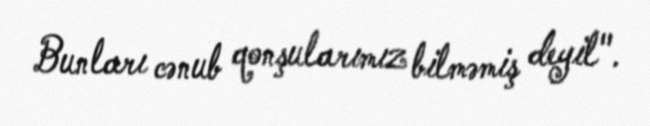
Bunları cənub qonşularımız bilməmiş deyil".